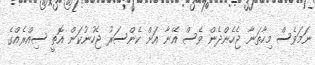
ނަމަވެސް މިހާތަނާ ޖެހެންދެން ވެސް އޭނާ އަށް ކެންސަރު ޖެހުނުކަން އޮތީ ސިއްރެއްގެ